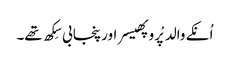
اُنکے والد پْروپھیسر اور پنجابی سِکھ تھے۔